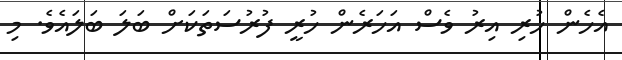
އެހެން ހުރި އިރު ވެސް އަހަރެން ހުރީ ފުރުސަތަކަށް ބަލަ ބަލައެވެ. މި